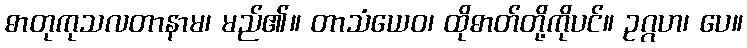
ဓာတုကုသလတာနာမ၊ မည်၏။ တာသံယေဝ၊ ထိုဓာတ်တို့ကိုပင်။ ဥဂ္ဂဟ၊ ပေ။